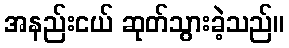
အနည်းငယ် ဆုတ်သွားခဲ့သည်။